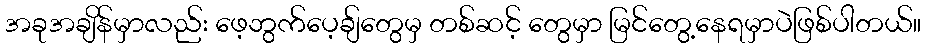
အခုအချိန်မှာလည်း ဖေ့ဘွက်ပေ့ချ်တွေမှ တစ်ဆင့် တွေမှာ မြင်တွေ့နေရမှာပဲဖြစ်ပါတယ်။